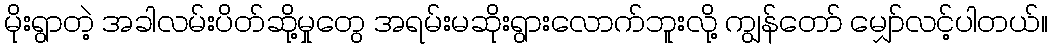
မိုးရွာတဲ့ အခါလမ်းပိတ်ဆို့မှုတွေ အရမ်းမဆိုးရွားလောက်ဘူးလို့ ကျွန်တော် မျှော်လင့်ပါတယ်။